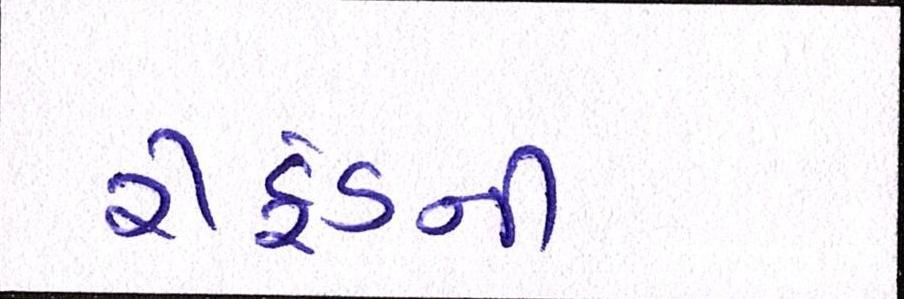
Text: રીફંડની